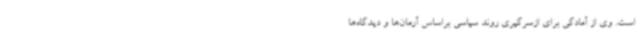
است. وی از آمادگی برای ازسرگیری روند سیاسی براساس آرمان‌ها و دیدگاه‌ها